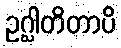
ဥဂ္ဃါတိတာပိ